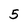
Character: 5